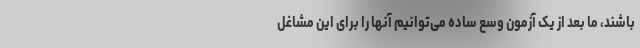
باشند، ما بعد از یک آزمون وسع ساده می‌توانیم آنها را برای این مشاغل